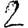
Digit: 2